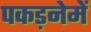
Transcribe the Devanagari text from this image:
पकड़नेमें